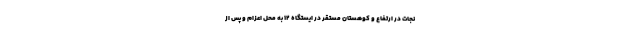
نجات در ارتفاع و کوهستان مستقر در ایستگاه ۱۲ به محل اعزام و پس از